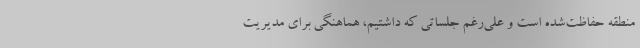
منطقه حفاظت‌شده است و علی‌رغم جلساتی که داشتیم، هماهنگی برای مدیریت